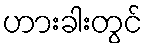
ဟားခါးတွင်